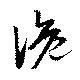
詭